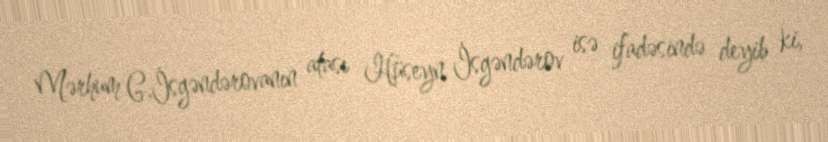
Mərhum G.İsgəndərovanın atası Hüseyn İsgəndərov isə ifadəsində deyib ki,